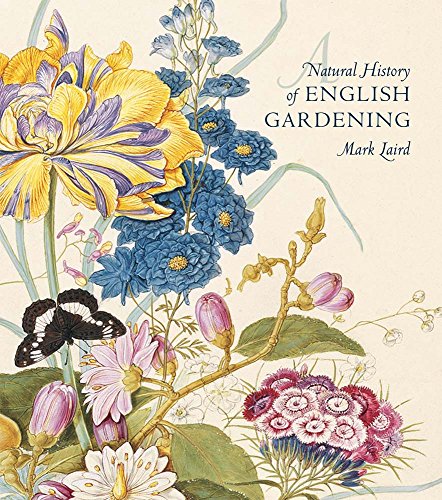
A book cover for A Natural History of English Gardening: 1650EE1800; Mark Laird; Crafts, Hobbies & Home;